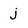
Character: j